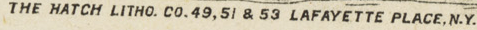
THE HATCH LITHO. CO. 49,51 & 53 LAFAYETTE PLACE,N.Y.